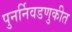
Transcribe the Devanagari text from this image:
पुनर्निवडणुकीत